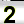
Digit: 2